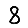
Digit: 8